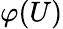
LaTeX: \varphi(U)